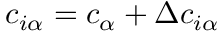
c _ { i \alpha } = c _ { \alpha } + \Delta c _ { i \alpha }